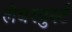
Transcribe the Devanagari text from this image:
लेबरवुर्स्ट